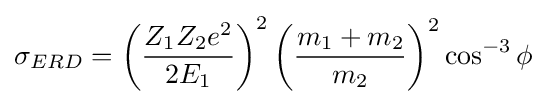
\sigma _{ERD}=\left({\frac {Z_{1}Z_{2}e^{2}}{2E_{1}}}\right)^{2}\left({\frac {m_{1}+m_{2}}{m_{2}}}\right)^{2}\cos ^{-3}\phi